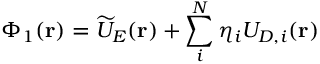
\Phi _ { 1 } ( \mathbf { r } ) = \widetilde { U } _ { E } ( \mathbf { r } ) + \sum _ { i } ^ { N } \eta _ { i } U _ { D , i } ( \mathbf { r } )